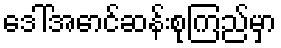
ဒေါ်အောင်ဆန်းစုကြည်မှာ